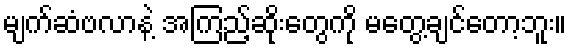
မျက်ဆံဗလာနဲ့ အကြည့်ဆိုးတွေကို မတွေ့ချင်တော့ဘူး။